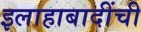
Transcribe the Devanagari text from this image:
इलाहाबादींची